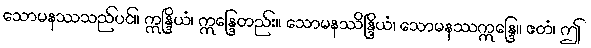
သောမနဿသည်ပင်။ ဣန္ဒြိယံ၊ ဣန္ဒြေတည်း။ သောမနဿိန္ဒြိယံ၊ သောမနဿဣန္ဒြေ။ ဧတံ၊ ဤ